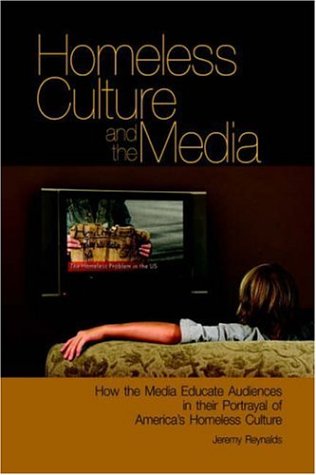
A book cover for Homeless Culture and the Media: How the Media Educate Audiences in Their Portrayal of America's Homeless Culture; Jeremy Reynalds; Teen & Young Adult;